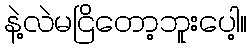
နဲ့လဲမငြိတော့ဘူးပေါ့။